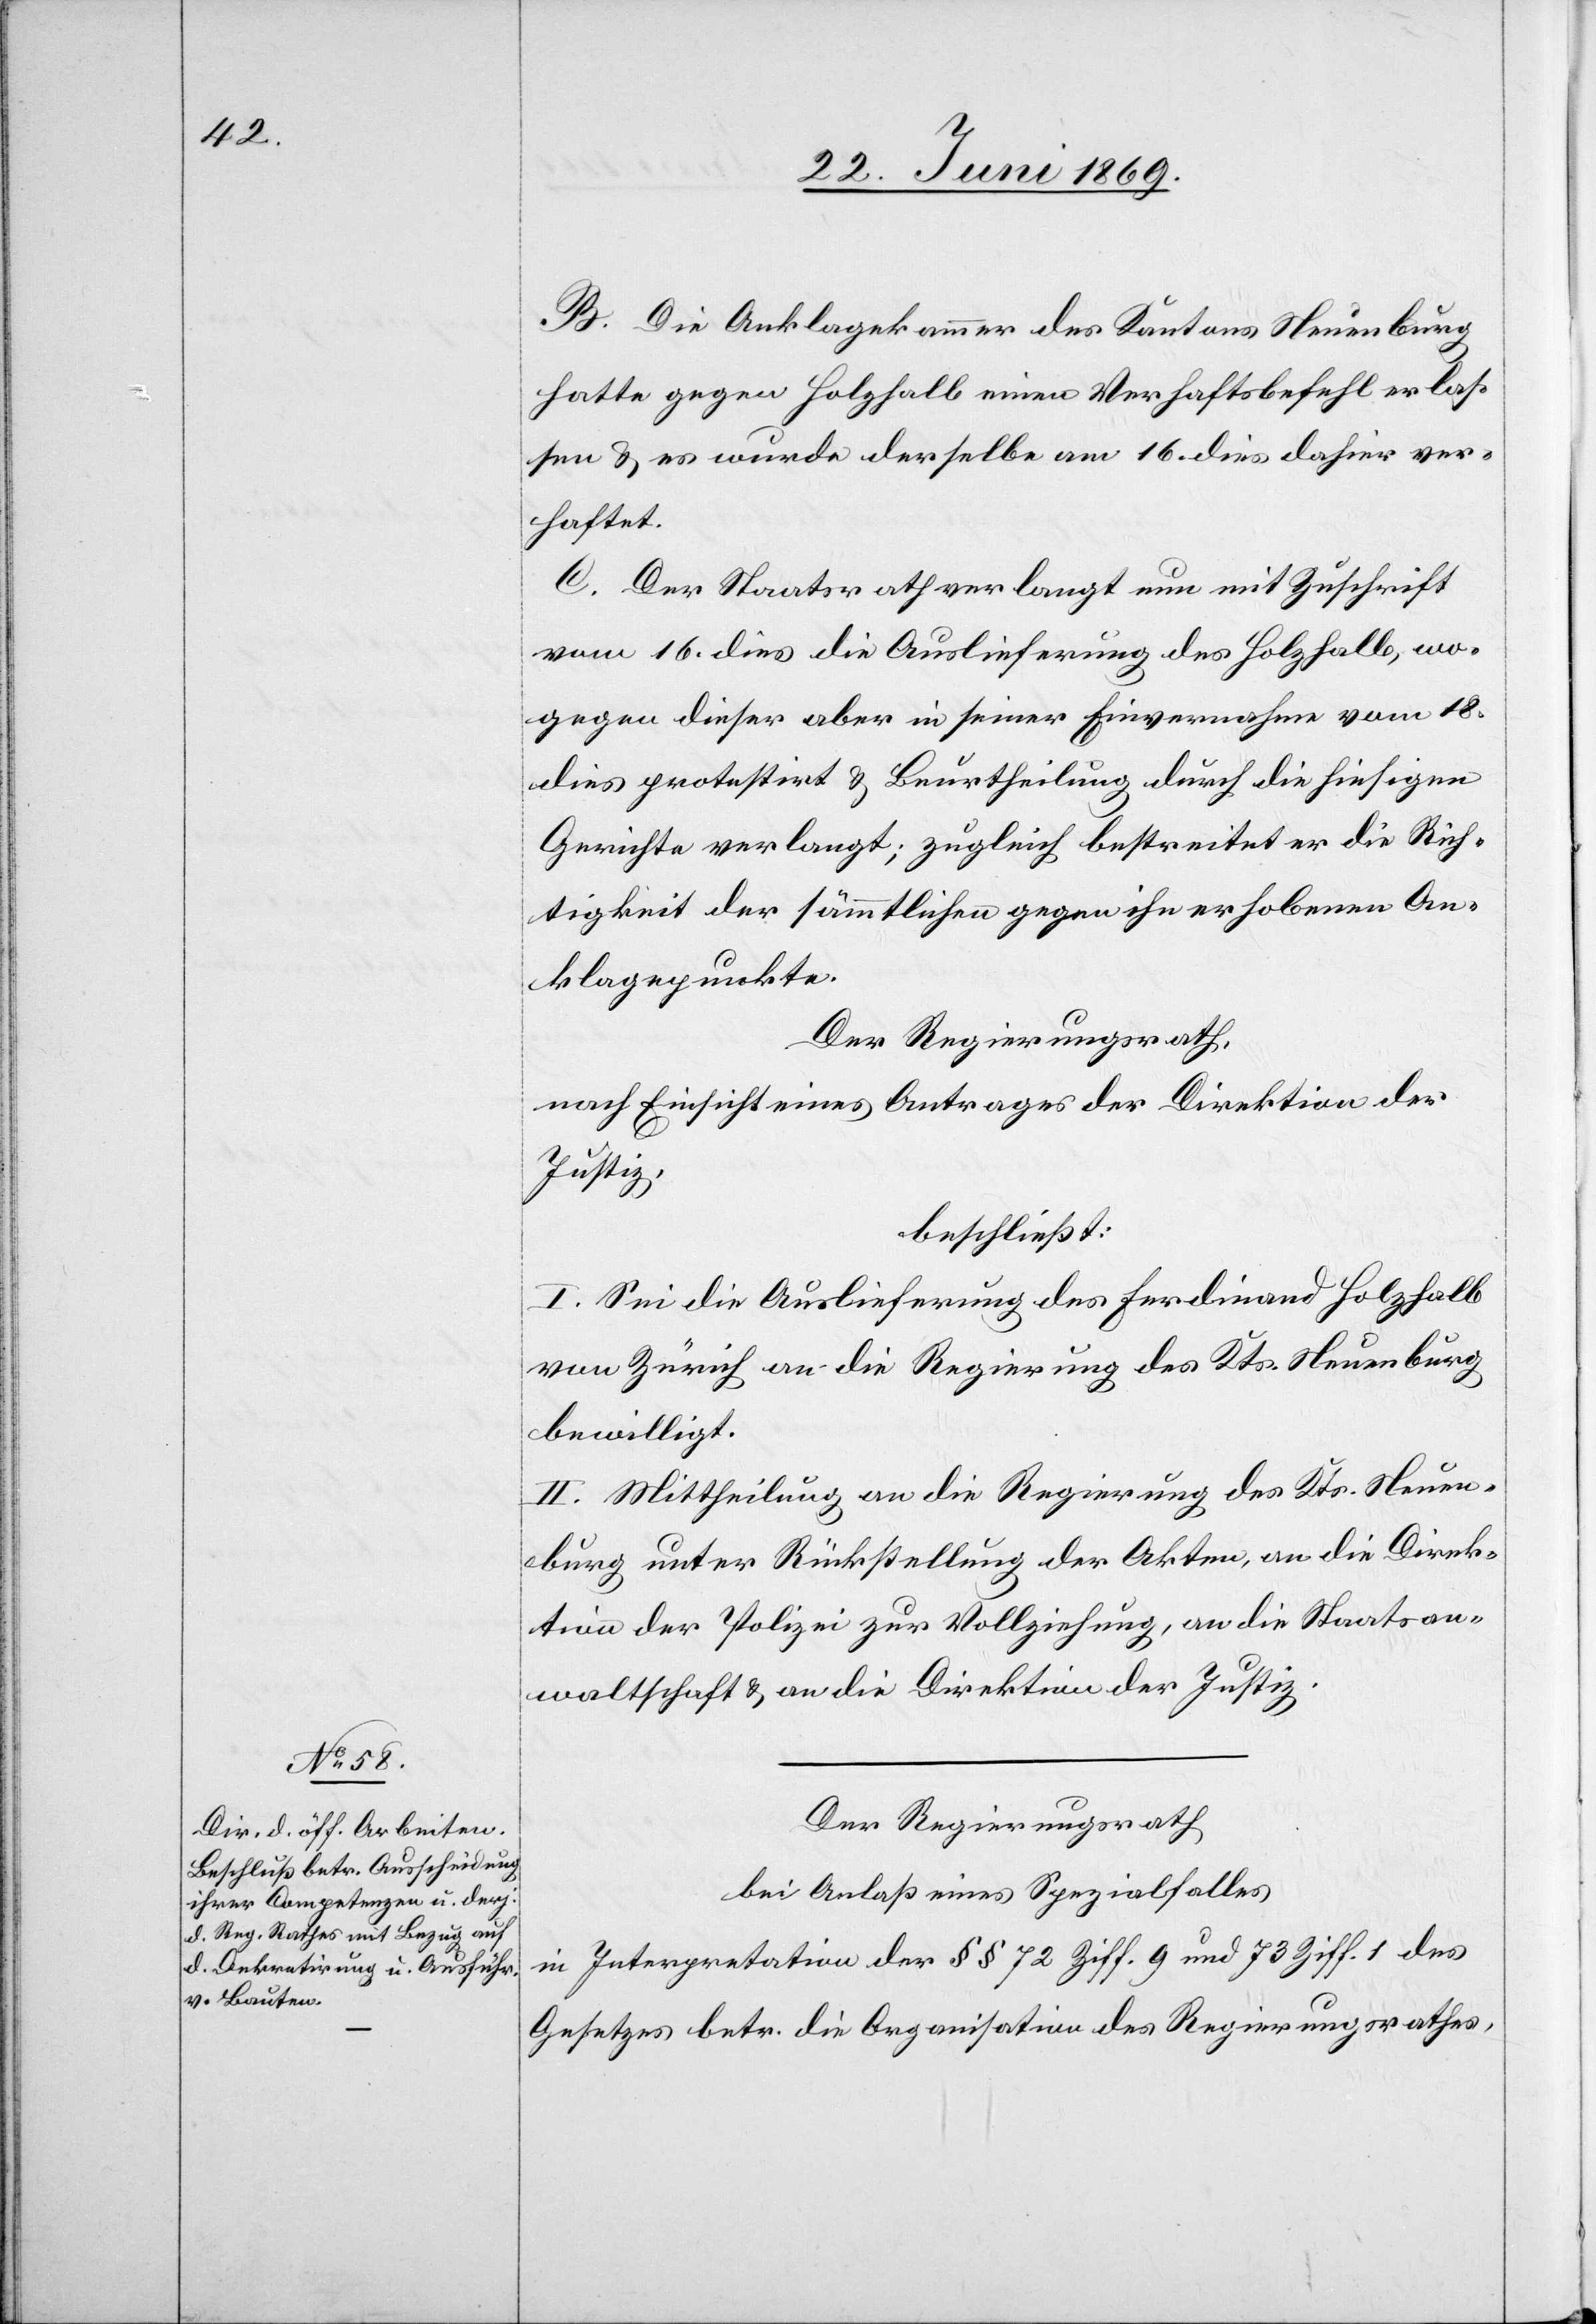
B. Die Anklagekammer des Kantons Neuenburg,
hatte gegen Holzhalb einen Verhaftsbefehl erlas¬
sen u. es wurde derselbe am 16 dies dahier ver¬
haftet.
C. Der Staatsrath verlangt nun mit Zuschrift
vom 16 dies die Auslieferung des Holzhalb, wo¬
gegen dieser aber in seiner Einvernahme vom 18
dies protestirt u. Beurtheilung durch die hiesigen
Gerichte verlangt, zugleich bestreitet er die Rich¬
tigkeit der sämmtlichen gegen ihn erhobenen An¬
klagepunkte.
Der Regierungsrath,
nach Einsicht eines Antrages der Direktion der
Justiz,
beschließt:
I. Sei die Auslieferung des Ferdinand Holzhalb
von Zürich an die Regierung des Kts. Neuenburg
bewilligt.
II. Mittheilung an die Regierung des Kts. Neuen¬
burg unter Rückstellung der Akten, an die Direk¬
tion der Polizei zur Vollziehung, an die Staatsan¬
waltschaft u. an die Direktion der Justiz.
Der Regierungsrath,
bei Anlaß eines Spezialfalles,
in Interpretation der §§ 72 Ziff. 9 und 73 Ziff. 1 des
Gesetzes betr. die Organisation des Regierungsrathes,